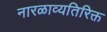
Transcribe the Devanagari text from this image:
नारळाव्यतिरिक्त